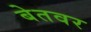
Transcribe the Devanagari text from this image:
बेतवर